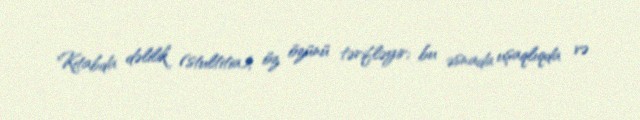
Kitabda dəlilik (stultitia), öz özünü tərifləyir; bu əsnada uşaqlıqda və